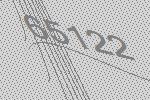
65122